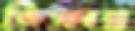
ভিক্ষান্ন